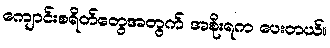
ကျောင်းစရိတ်တွေအတွက် အစိုးရက ပေးတယ်။